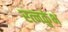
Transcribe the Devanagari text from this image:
रत्नकुंभ